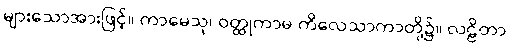
များသောအားဖြင့်။ ကာမေသု၊ ဝတ္ထုကာမ ကိလေသာကာတို့၌။ လဠိတာ၊